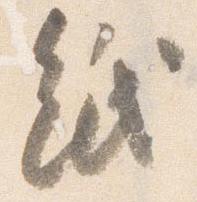
紙